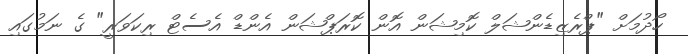
ހޯދުމަށް "ޕްރެޒިޑެންޝަލް ކޮމިޝަން އޮން ކޮރަޕްޝަން އެންޑް އެސެޓް ރިކަވަރީ" ގެ ނަމުގައި